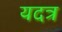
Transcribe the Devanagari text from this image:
यदत्र